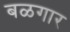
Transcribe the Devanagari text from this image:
बळगार